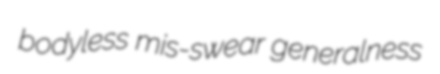
bodyless mis-swear generalness